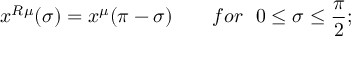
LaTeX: x ^ { R \mu } ( \sigma ) = x ^ { \mu } ( \pi - \sigma ) ~ ~ ~ ~ ~ ~ f o r ~ ~ 0 \leq \sigma \leq \frac { \pi } { 2 } ;